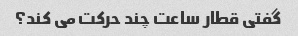
گفتی قطار ساعت چند حرکت می کند؟